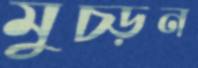
মুচ্‌ড়ন